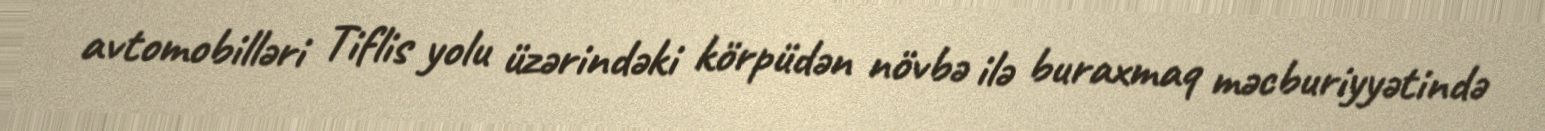
avtomobilləri Tiflis yolu üzərindəki körpüdən növbə ilə buraxmaq məcburiyyətində